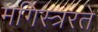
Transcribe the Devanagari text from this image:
मगिस्त्ररते